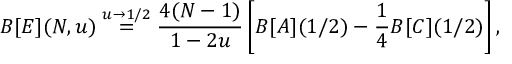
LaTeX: B [ E ] ( N , u ) \stackrel { u \rightarrow 1 / 2 } { = } \frac { 4 ( N - 1 ) } { 1 - 2 u } \left[ B [ A ] ( 1 / 2 ) - \frac { 1 } { 4 } B [ C ] ( 1 / 2 ) \right] ,